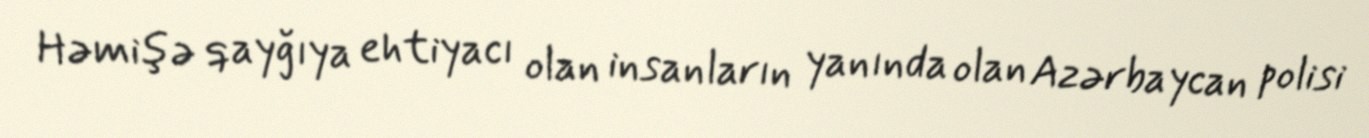
Həmişə qayğıya ehtiyacı olan insanların yanında olan Azərbaycan polisi